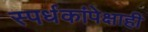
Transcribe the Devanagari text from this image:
स्पर्धकांपेक्षाही